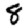
Digit: 8